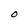
Character: O